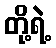
တို့ရဲ့